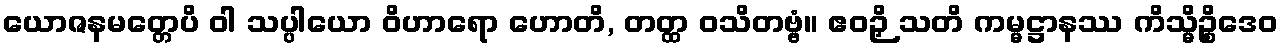
ယောဇနမတ္တေပိ ဝါ သပ္ပါယော ဝိဟာရော ဟောတိ, တတ္ထ ဝသိတဗ္ဗံ။ ဧဝဉှိ သတိ ကမ္မဋ္ဌာနဿ ကိသ္မိဉ္စိဒေဝ